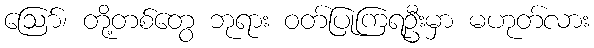
ဩော်၊ တို့တစ်တွေ ဘုရား ဝတ်ပြုကြရဦးမှာ မဟုတ်လား